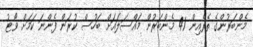
މެންބަރުންގެ ތެރެއިން 41 މެންބަރުން މައްސަލައަށް ބަހުސް ކުރަން ފެންނަ ކަމަށް ވޯޓު